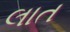
લાત